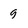
Character: 9